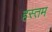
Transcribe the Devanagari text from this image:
हस्तम